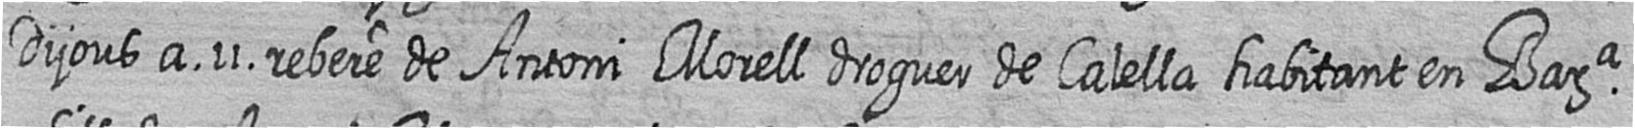
Dijous a 11 rebere de Antoni Morell droguer de Calella habitant en Bara